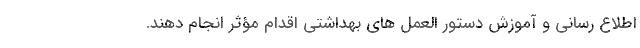
اطلاع رسانی و آموزش دستور العمل های بهداشتی اقدام مؤثر انجام دهند.